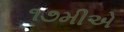
૧૭મીએ